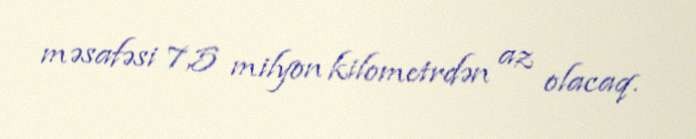
məsafəsi 7,5 milyon kilometrdən az olacaq.